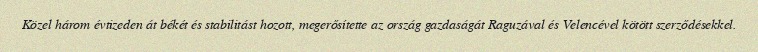
Közel három évtizeden át békét és stabilitást hozott, megerősítette az ország gazdaságát Raguzával és Velencével kötött szerződésekkel.